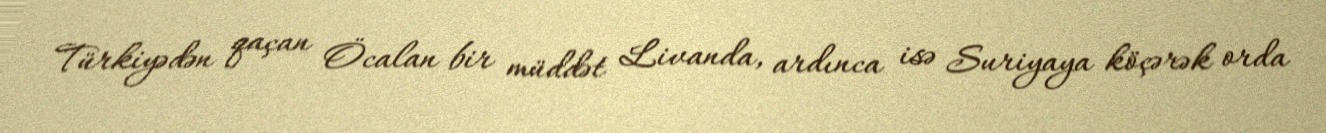
Türkiyədən qaçan Öcalan bir müddət Livanda, ardınca isə Suriyaya köçərək orda